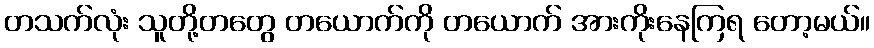
တသက်လုံး သူတို့တတွေ တယောက်ကို တယောက် အားကိုးနေကြရ တော့မယ်။